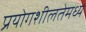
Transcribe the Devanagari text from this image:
प्रयोगशीलतेमध्ये